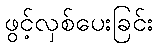
ဖွင့်လှစ်ပေးခြင်း